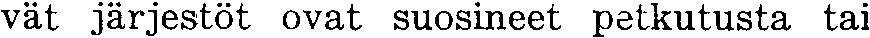
vät järjestöt ovat suosineet petkutusta tai